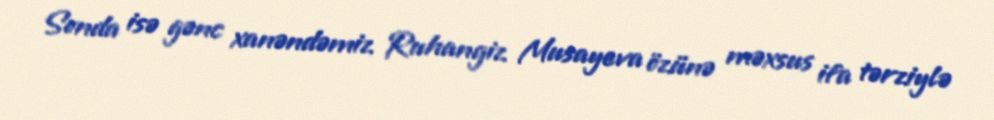
Sonda isə gənc xanəndəmiz Ruhangiz Musayeva özünə məxsus ifa tərziylə